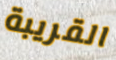
القريبة